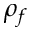
\rho _ { f }